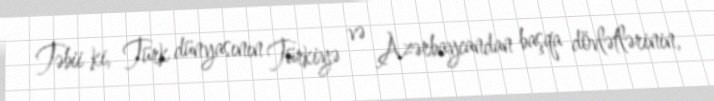
Təbii ki, Türk dünyasının Türkiyə və Azərbaycandan başqa dövlətlərinin,